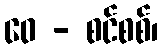
ဝေ - စင်စစ်၊